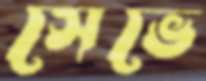
সেভে